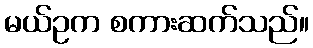
မယ်ဥက စကားဆက်သည်။